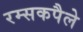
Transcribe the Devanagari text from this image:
रम्सकपैले